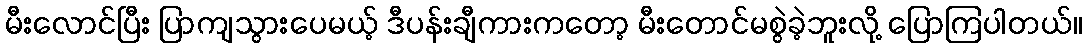
မီးလောင်ပြီး ပြာကျသွားပေမယ့် ဒီပန်းချီကားကတော့ မီးတောင်မစွဲခဲ့ဘူးလို့ ပြောကြပါတယ်။